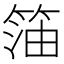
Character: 𱸊